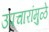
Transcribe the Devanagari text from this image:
उपचारांमुळे